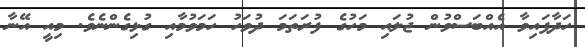
ހަދާފައިވާ އެއްބަސްވުން ޖުލައި މަހުގެ ފުރަތަމަ ދުވަހު ހަމަވުމާއި ގުޅިގެންނެވެ. މިއީ އޭނާ